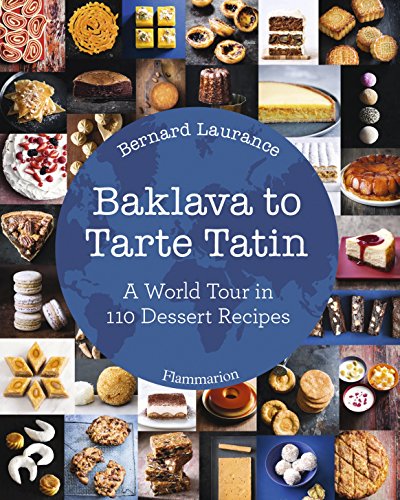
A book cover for Baklava to Tarte Tatin: A World Tour in 110 Dessert Recipes; Bernard Laurance; Cookbooks, Food & Wine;